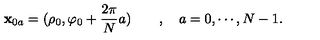
{ \bf x } _ { 0 a } = ( \rho _ { 0 } , \varphi _ { 0 } + \frac { 2 \pi } { N } a ) \qquad , \quad a = 0 , \cdots , N - 1 .